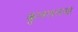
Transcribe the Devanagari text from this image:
कुलललना